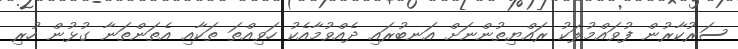
ސަރުކާރުން ފުވައްމުލަކު ރައްޔިތުންނަށް އަނބުރައި ދެއްވުމާއެކު ހަވިއްތަ ތަކާއި އެތަންތަނާ ގުޅުން ހުރި